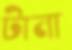
টানা